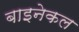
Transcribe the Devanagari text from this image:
बाइनेकल